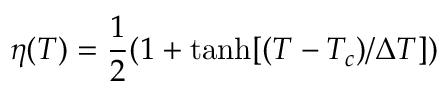
\eta ( T ) = \frac { 1 } { 2 } ( 1 + \mathrm { { t a n h } } [ ( T - T _ { c } ) / \Delta T ] )